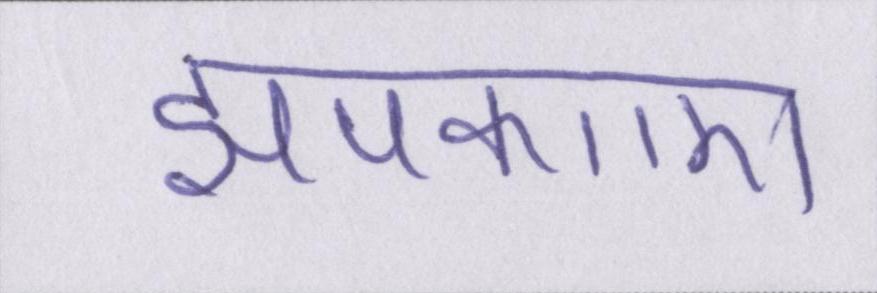
झपकाए